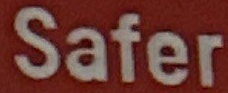
Safer